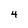
Character: 4